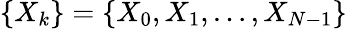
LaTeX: \{ X_{k}\} =\{ X_{0},X_{1},\dots,X_{N-1}\}